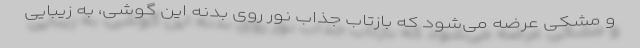
و مشکی عرضه می‌شود که بازتاب جذاب نور روی بدنه این گوشی، به زیبایی